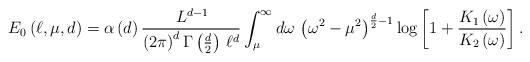
LaTeX: \begin{align*}E_{0}\left( \ell ,\mu ,d\right) =\alpha \left( d\right) \frac{\, L^{d-1}}{\left( 2\pi \right) ^{d}\Gamma \left( \frac{d}{2}\right) \, \ell ^{d}}\int _{\mu }^{\infty }d\omega \, \left( \omega ^{2}-\mu ^{2}\right) ^{\frac{d}{2}-1}\log \left[ 1+\frac{K_{1}\left( \omega \right) }{K_{2}\left( \omega \right) }\right] .\end{align*}